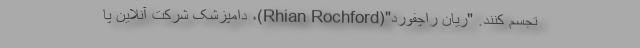
تجسم کنند. "ریان راچفورد"(Rhian Rochford)، دامپزشک شرکت آنلاین پا